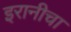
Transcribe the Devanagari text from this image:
इरानीचा